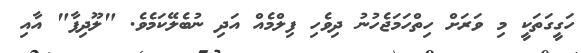
ހަގީގަތަކީ މި ވަރަށް ހިތްހަމަޖެހުނު ދިވެހި ފިލްމެއް އަދި ނުބެލޭކަމެވެ. "ލޫދިފާ" އާއި